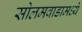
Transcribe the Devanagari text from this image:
सोलमवाडामध्ये